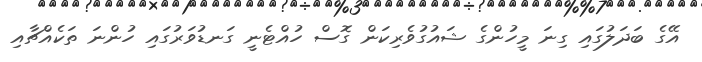
އޭގެ ބަދަލުގައި ގިނަ މީހުންގެ ޝައުގުވެރިކަން ގޮސް ހުއްޓެނީ ގަނޑުވަރުގައި ހުންނަ ތަކެއްޗާއި